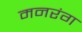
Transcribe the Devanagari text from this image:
मनरंग